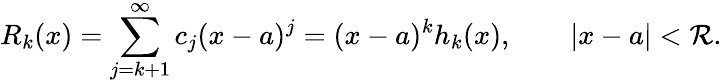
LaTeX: R_{k}(x)=\sum_{j=k+1}^{\infty}c_{j}(x-a)^{j}=(x-a)^{k}h_{k}(x),\qquad|x-a|<\mathcal{R}.